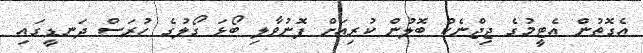
އެގޮތުން އެޓީމުގެ ޖިޖްނެކް ބޮލުން ކުރިއަށް ފޮނުވާލި ބޯޅަ ގޯލުގެ ހުރަސް ދަނޑީގައި